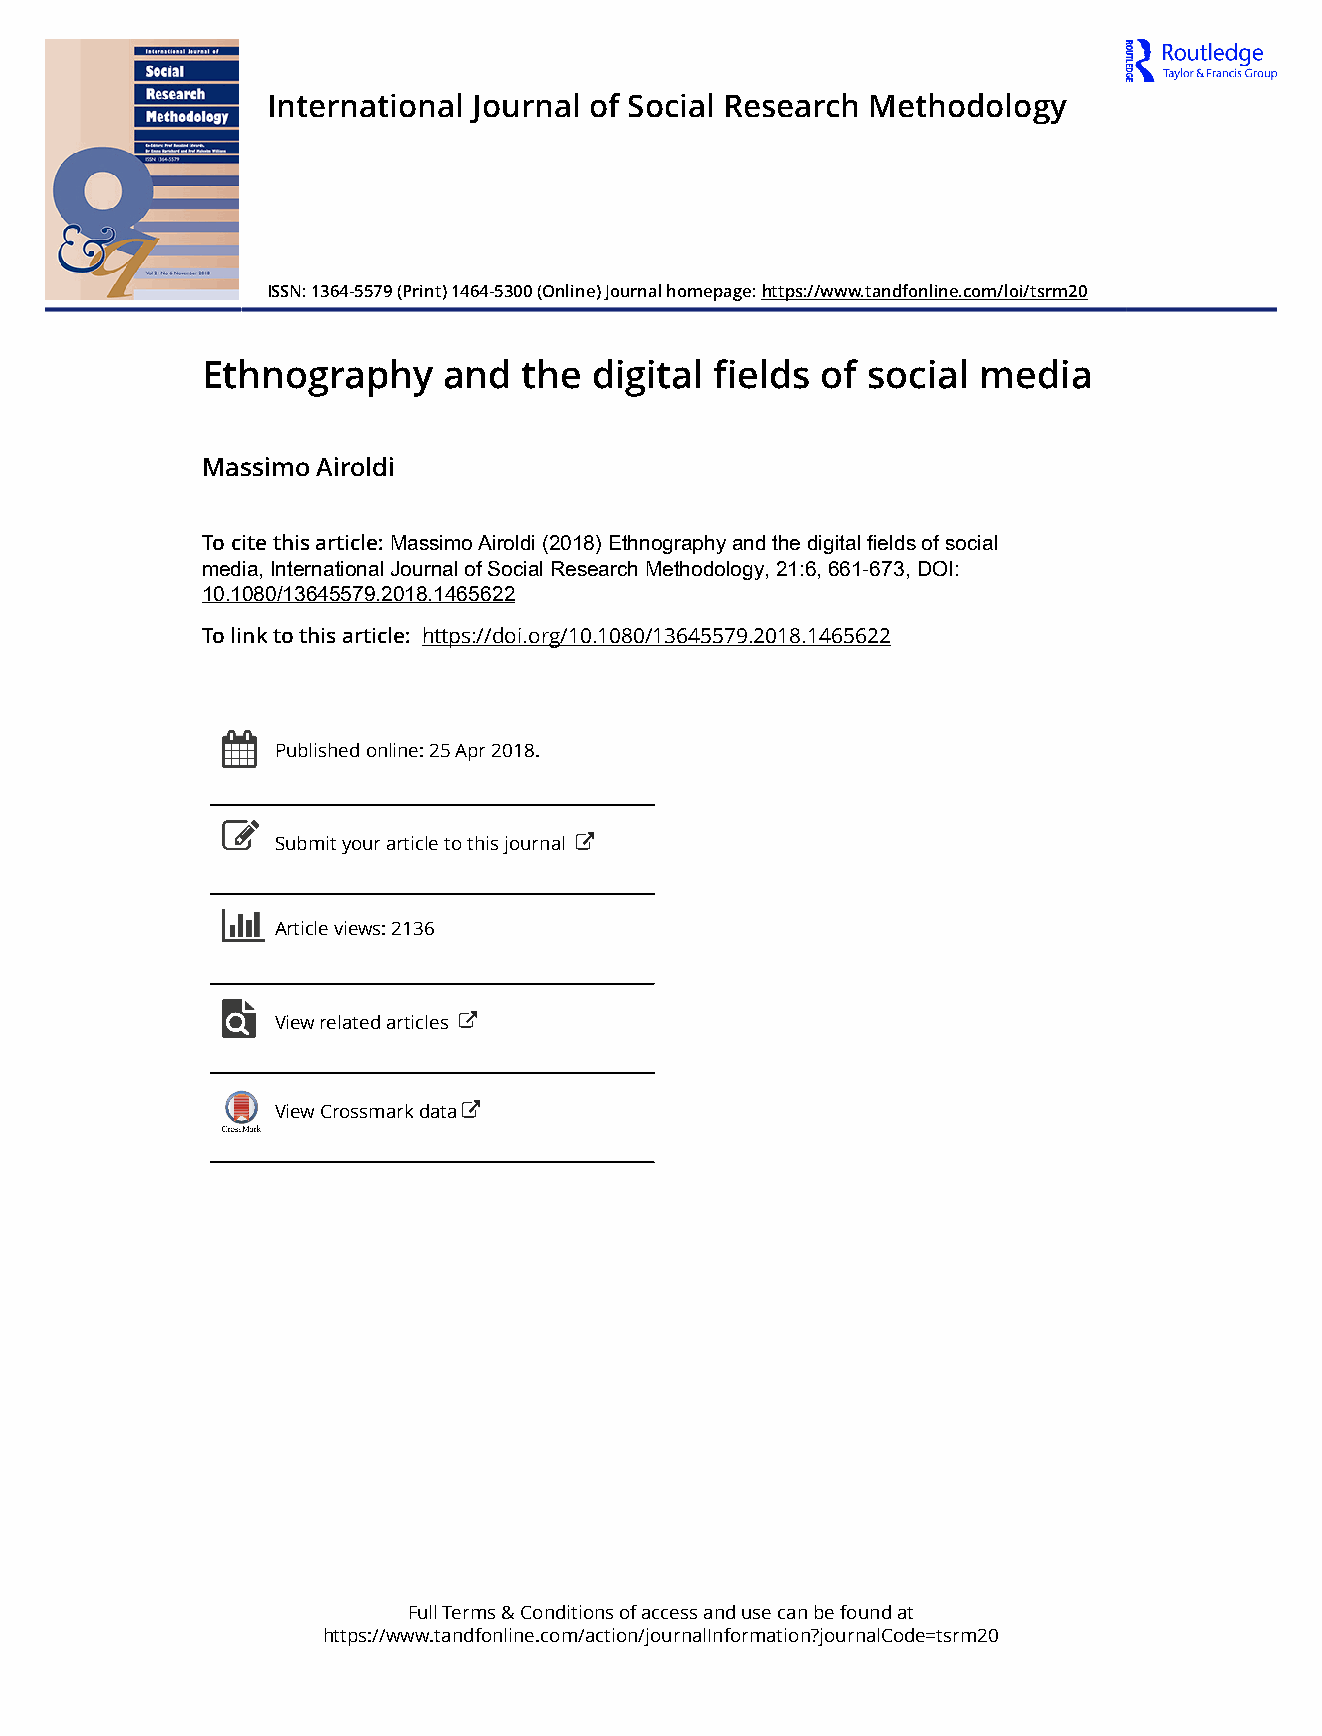
International Journal of Social Research Methodology
 ISSN: 1364-5579 (Print) 1464-5300 (Online) Journal homepage: https://www.tandfonline.com/loi/tsrm20
 Ethnography     and   the digital fields of social  media
 Massimo Airoldi
 To cite this article: Massimo Airoldi (2018) Ethnography and the digital fields of social
 media, International Journal of Social Research Methodology, 21:6, 661-673, DOI:
 10.1080/13645579.2018.1465622
 To link to this article: https://doi.org/10.1080/13645579.2018.1465622
 Published online: 25 Apr 2018.
 Submit your article to this journal
 Article views: 2136
 View related articles
 View Crossmark data
 Full Terms & Conditions of access and use can be found at
 https://www.tandfonline.com/action/journalInformation?journalCode=tsrm20